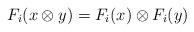
LaTeX: \begin{align*}F_i(x\otimes y)=F_i(x)\otimes F_i(y)\end{align*}